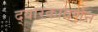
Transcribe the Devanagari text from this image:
द्वारकावर्णन